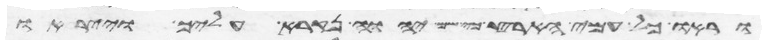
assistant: וראו כל עמי הארץ כי שם יהוה נקרא עליך וייראו